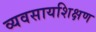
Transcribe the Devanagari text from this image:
व्यवसायशिक्षण